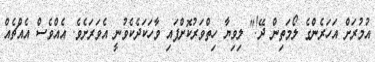
އުމުރަށް އަހަރެންގެ ލޯމަތިން ދޭ!" ލިވިޔާ ހިތްވަރުކޮށްފައި ވާހަކަދެކެވުނީ އެވަރަށެވެ. އެއްވެސް އެއްޗެއް